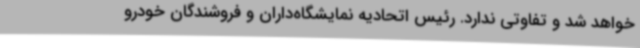
خواهد شد و تفاوتی ندارد. رئیس اتحادیه نمایشگاه‌داران و فروشندگان خودرو